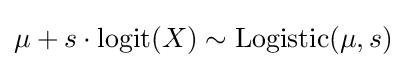
\mu +s\cdot {\text{logit}}(X)\sim \mathrm {Logistic} (\mu ,s)